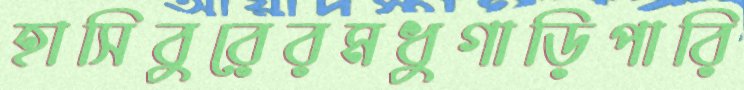
হাসিবুরেরমধুগাড়িপারি